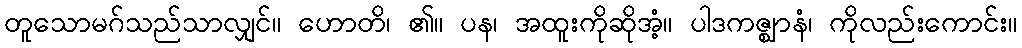
တူသောမဂ်သည်သာလျှင်။ ဟောတိ၊ ၏။ ပန၊ အထူးကိုဆိုအံ့။ ပါဒကဇ္ဈာနံ၊ ကိုလည်းကောင်း။